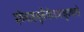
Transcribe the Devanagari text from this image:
हठेनाष्टमूर्तेर्जटाअजूटवासे